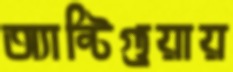
অ্যান্টিগুয়ায়